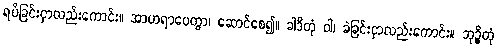
ရပ်ခြင်းငှာလည်းကောင်း။ အာဟရာပေတွာ၊ ဆောင်စေ၍။ ခါဒိတုံ ဝါ၊ ခဲခြင်းငှာလည်းကောင်း။ ဘုဉ္ဇိတုံ